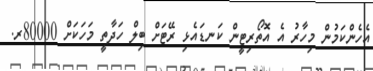
އެހެންކަމުން މިހާރު އެ އޮތޯރިޓީން ކަނޑައެޅި ރޭޓަށް ބިލް ހަދާތީ މަހަކަށް 80000ރ.